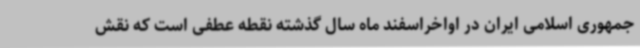
جمهوری اسلامی ایران در اواخراسفند ماه سال گذشته نقطه عطفی است که نقش